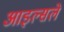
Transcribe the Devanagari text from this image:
आइल्सले